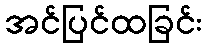
အင်ပြင်ထခြင်း